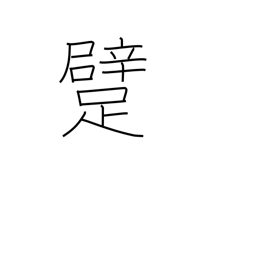
Meaning: crawl